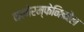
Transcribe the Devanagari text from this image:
क्लोरम्फेनिकोल